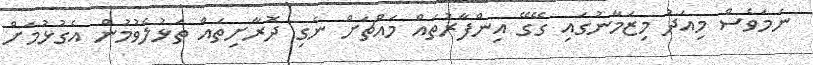
ނަމަވެސް މިއަދު މިޒަމާނުގައި ގޭގޭ އިންފާރުތައް މައްޗަށް ނެގި ދޮރާށިތައް ތަޅުލެވުމުން އެގުޅުމަށް